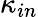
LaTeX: \kappa_{in}